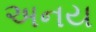
અનય